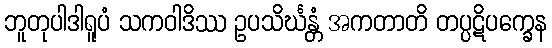
ဘူတုပါဒါရူပံ သကဝါဒိဿ ဥပသိင်္ဃန္တံ အကတာတိ တပ္ပဋိပက္ခေန